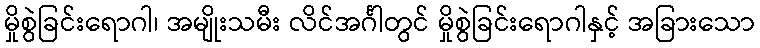
မှိုစွဲခြင်းရောဂါ၊ အမျိုးသမီး လိင်အင်္ဂါတွင် မှိုစွဲခြင်းရောဂါနှင့် အခြားသော